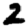
Digit: 2